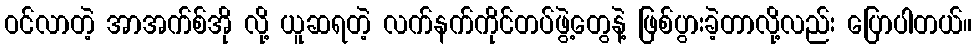
ဝင်လာတဲ့ အာအက်စ်အို လို့ ယူဆရတဲ့ လက်နက်ကိုင်တပ်ဖွဲ့တွေနဲ့ ဖြစ်ပွားခဲ့တာလို့လည်း ပြောပါတယ်။